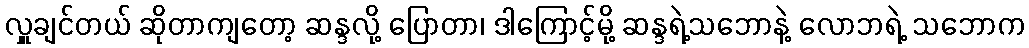
လှူချင်တယ် ဆိုတာကျတော့ ဆန္ဒလို့ ပြောတာ၊ ဒါကြောင့်မို့ ဆန္ဒရဲ့သဘောနဲ့ လောဘရဲ့ သဘောက